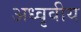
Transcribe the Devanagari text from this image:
अध्वृवीय